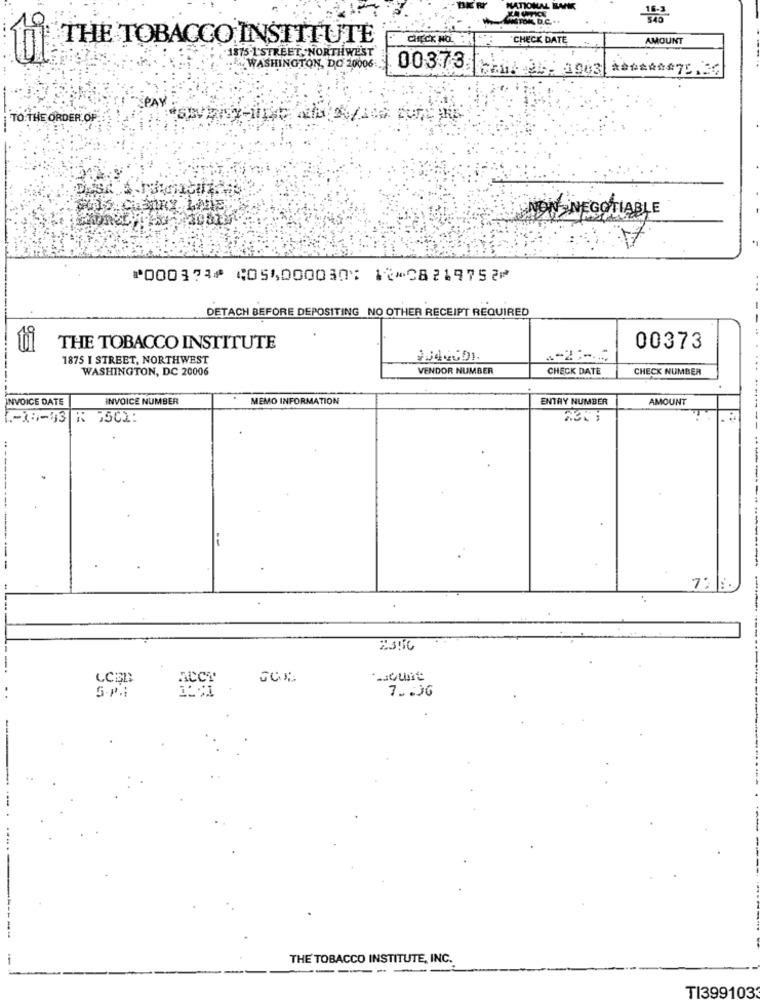
THE TOBACCO INSTITUTE
CHECK NOM DE
`CHECK DATE
AMOUNT
1875.1 STREET NORTHWEST
WASHINGTON, DO 20006.
00373
: 1903 ******* 75.36
PAY
TO THE ORDER OF
NON NEGOTIABLE
⑈000373⑈ ⑆054000030⑆ 12⑉08219752⑈
DETACH BEFORE DEPOSITING NO OTHER RECEIPT REQUIRED
THE TOBACCO INSTITUTE
00373
1875 I STREET, NORTHWEST
WASHINGTON, DC 20006
VENDOR NUMBER
CHECK DATE
CHECK NUMBER
INVOICE DATE
INVOICE NUMBER
MEMO INFORMATION
ENTRY NUMBER
AMOUNT
-----
72
2396
LCEL
ACcy
S.P.
7 .. 06
-
THE TOBACCO INSTITUTE, INC.
----
TI399103